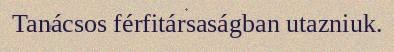
Tanácsos férfitársaságban utazniuk.